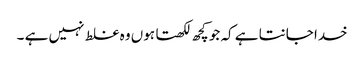
خدا جانتا ہے کہ جو کچھ لکھتا ہوں وہ غلط نہیں ہے ۔